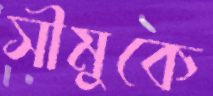
সীমুকে